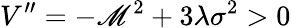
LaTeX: V^{\prime\prime}=-\mathscr{M}^{2}+3\lambda\sigma^{2}>0